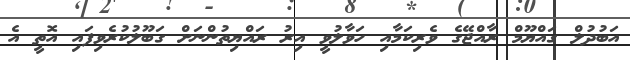
އަބުދުލް ގައްޔޫމް ރާއްޖޭގެ ވެރިކަމާއި ހަވާލުވީ އިރު ރައްޔިތުންނަށް ގަބޫލުކުރެވިފައި އޮތީ އެ